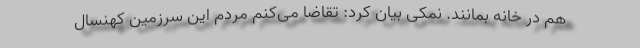
هم در خانه بمانند. نمکی بیان کرد: تقاضا می‌کنم مردم این سرزمین کهنسال